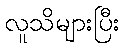
လူသိများပြီး